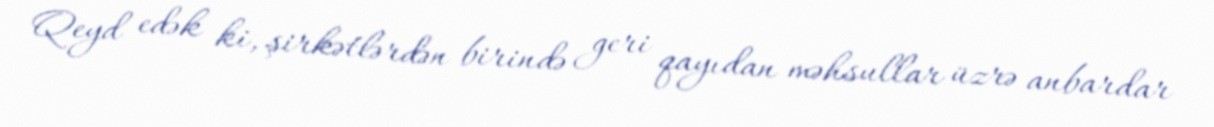
Qeyd edək ki, şirkətlərdən birində geri qayıdan məhsullar üzrə anbardar